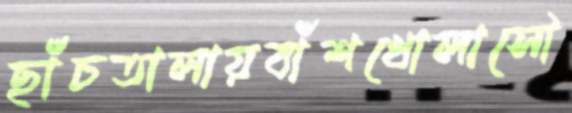
ছাঁচতালায়বাঁশখোলাসৌ